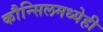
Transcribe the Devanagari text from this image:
कौन्सिलमध्येही